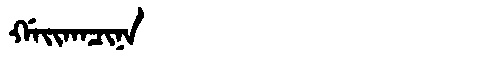
Manchu: ᡤᠠᡳᡴᠠᠴᡳᠨᠠ
Romanization: GAIKACINA